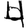
Digit: 4